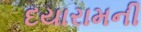
દયારામની